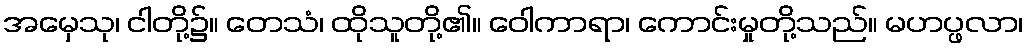
အမှေသု၊ ငါတို့၌။ တေသံ၊ ထိုသူတို့၏။ ဝေါကာရာ၊ ကောင်းမှုတို့သည်။ မဟပ္ဖလာ၊